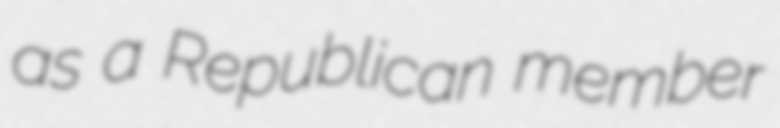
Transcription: as a Republican member